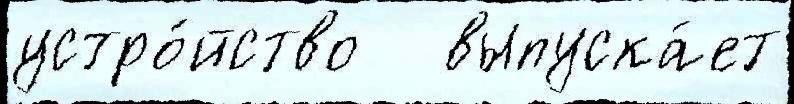
устро́йство   выпуска́ет